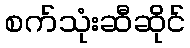
စက်သုံးဆီဆိုင်